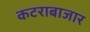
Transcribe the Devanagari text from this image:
कटराबाजार